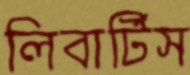
লিবার্টিস